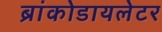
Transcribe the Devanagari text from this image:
ब्रांकोडायलेटर